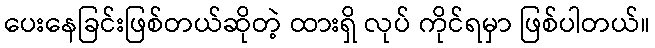
ပေးနေခြင်းဖြစ်တယ်ဆိုတဲ့ ထားရှိ လုပ် ကိုင်ရမှာ ဖြစ်ပါတယ်။